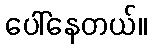
ပေါ်နေတယ်။